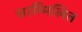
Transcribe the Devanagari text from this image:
साम्मिलित